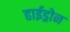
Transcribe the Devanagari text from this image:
हाईड्रोन